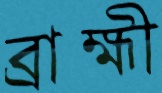
ব্রাহ্মী